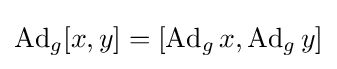
\operatorname {Ad} _{g}[x,y]=[\operatorname {Ad} _{g}x,\operatorname {Ad} _{g}y]